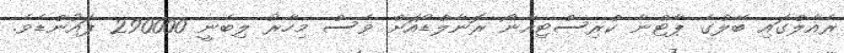
ރެއާލްގައި ބޭލްގެ ޕާޓްނާ ކްރިސްޓިއާނޯ ރޮނާލްޑޯއަށް ވެސް މިހާރު ލިބެނީ 290000 ޕައުންޑެވެ.